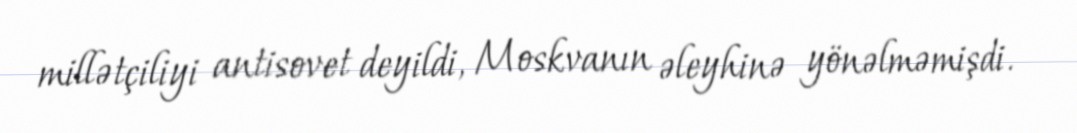
millətçiliyi antisovet deyildi, Moskvanın əleyhinə yönəlməmişdi.